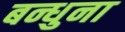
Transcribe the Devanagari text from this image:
बन्धुना